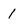
Character: 1